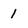
Character: 1